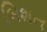
બિશન